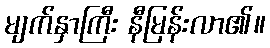
မျက်နှာကြီး နီမြန်းလာ၏။